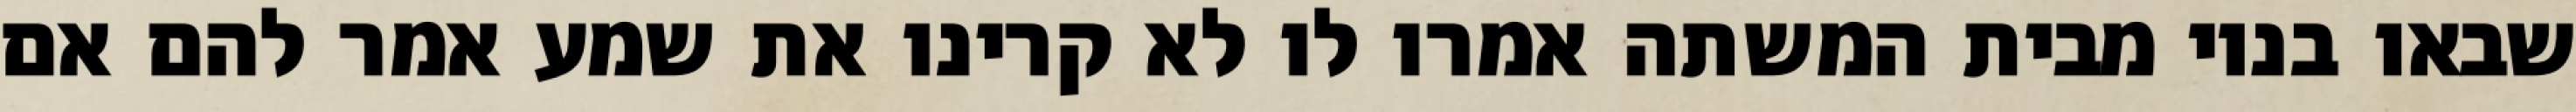
שבאו בניו מבית המשתה אמרו לו לא קרינו את שמע אמר להם אם